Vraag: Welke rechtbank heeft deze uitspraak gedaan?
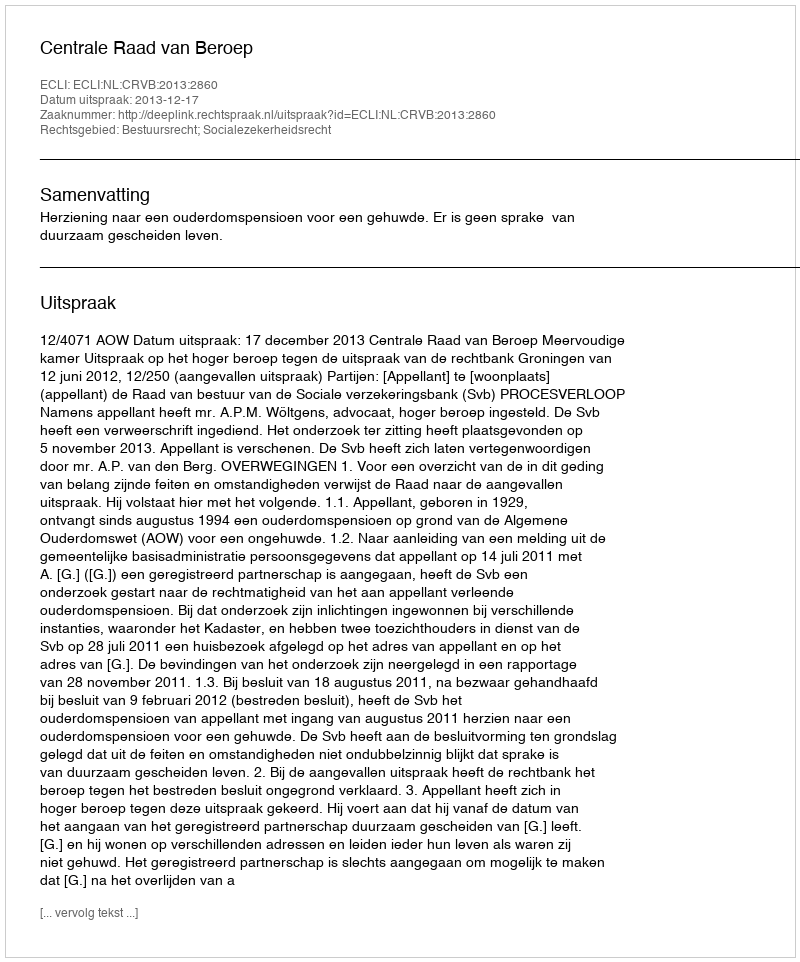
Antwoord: Centrale Raad van Beroep